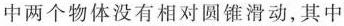
中两个物体没有相对圆锥滑动，其中